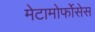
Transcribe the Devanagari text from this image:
मेटामोर्फोसेस